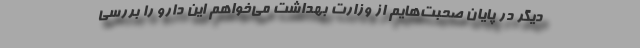
دیگر در پایان صحبت‌هایم از وزارت بهداشت می‌خواهم این دارو را بررسی